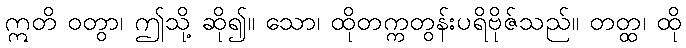
ဣတိ ဝတွာ၊ ဤသို့ ဆို၍။ သော၊ ထိုတက္ကတွန်းပရိဗိုဇ်သည်။ တတ္ထ၊ ထို